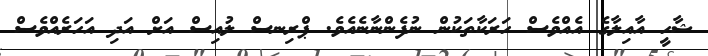
ޝާހީ އާއިލާގެ އެއްވެސް ހަރަކާތަކުން ނުފެންނާނެއެވެ. ޕްރިނސް ލުއިސް އަށް އަދި އަހަރެއްވެސް